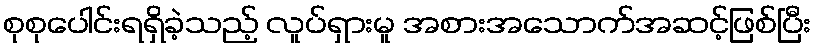
စုစုပေါင်းရရှိခဲ့သည့် လူပ်ရှားမူ အစားအသောက်အဆင့်ဖြစ်ပြီး